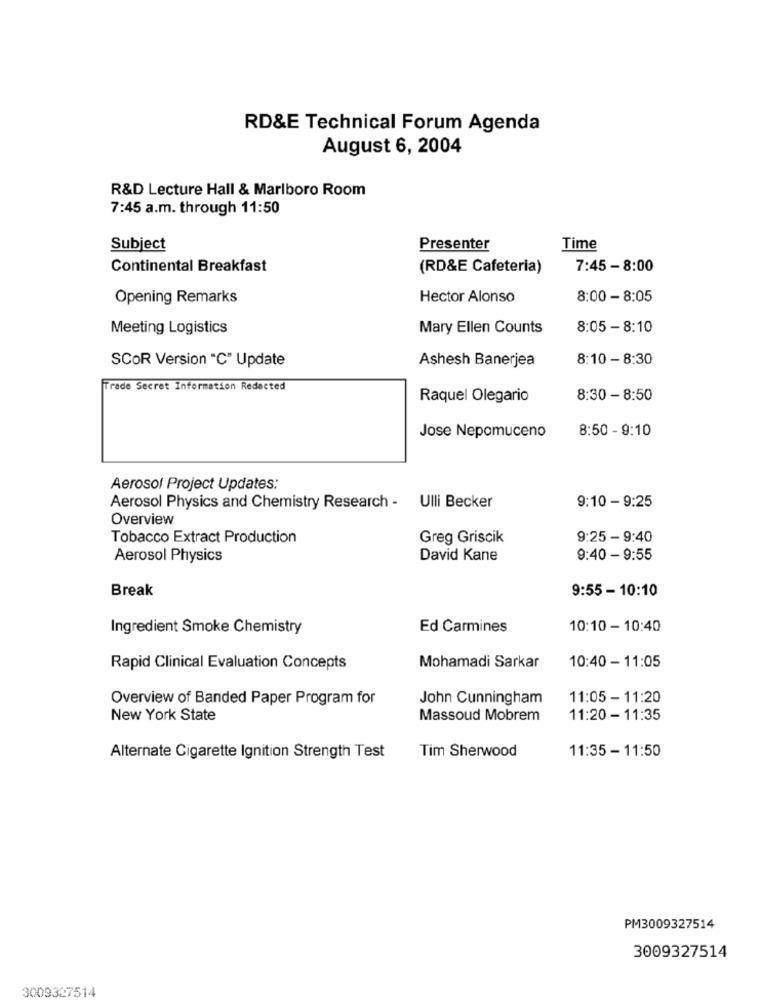
RD&E Technical Forum Agenda
August 6, 2004
R&D Lecture Hall & Marlboro Room
7:45 a.m. through 11:50
Subject
Presenter
Time
Continental Breakfast
(RD&E Cafeteria)
7:45 - 8:00
Opening Remarks
Hector Alonso
8:00 - 8:05
Meeting Logistics
Mary Ellen Counts
8:05 - 8:10
SCOR Version "C" Update
Ashesh Banerjea
8:10 - 8:30
Trade Secret Information Redacted
Raquel Olegario
8:30 - 8:50
Jose Nepomuceno
8:50 - 9:10
Aerosol Project Updates:
9:10 - 9:25
Aerosol Physics and Chemistry Research - Ulli Becker
Overview
Tobacco Extract Production
Greg Griscik
9:25 - 9:40
Aerosol Physics
David Kane
9:40 - 9:55
Break
9:55 - 10:10
Ingredient Smoke Chemistry
Ed Carmines
10:10 - 10:40
10:40 - 11:05
Rapid Clinical Evaluation Concepts
Mohamadi Sarkar
Overview of Banded Paper Program for
John Cunningham
11:05 - 11:20
New York State
Massoud Mobrem
11:20 - 11:35
Tim Sherwood
11:35 - 11:50
Alternate Cigarette Ignition Strength Test
PM3009327514
3009327514
3009327514